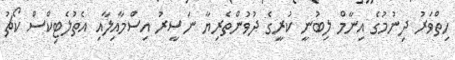
ހިތްވަރު ދިނުމުގެ އިނާމް ލިބުނީ ކުރީގެ ދުވުންތެރިޔާ ނަސީރު އިސްމާއިލާއި އެތުލެޓިކްސް ކޯޗު